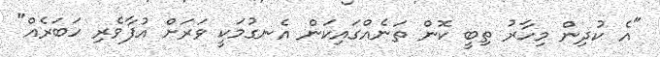
"އެ ކުދިން މިހާރު ތިބީ ކޮން ތަނެއްގައިކަން އެނގުމަކީ ވަރަށް އުފާވެރި ހަބަރެއް"